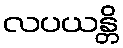
လပယန္တိ